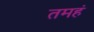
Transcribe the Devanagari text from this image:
तमहं